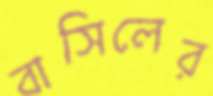
বাসিলের